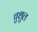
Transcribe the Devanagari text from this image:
चुशुल